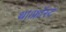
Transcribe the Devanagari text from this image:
था।फ्रॉस्ट